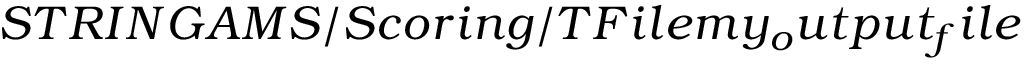
S T R I N G A M S / S c o r i n g / T F i l e m y _ { o } u t p u t _ { f } i l e